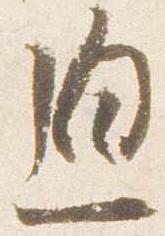
迫